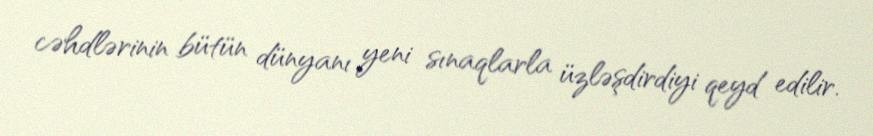
cəhdlərinin bütün dünyanı yeni sınaqlarla üzləşdirdiyi qeyd edilir.